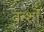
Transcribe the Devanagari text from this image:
वन्शों